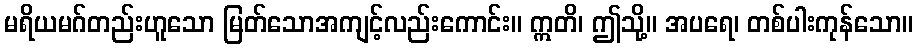
မရိယမဂ်တည်းဟူသော မြတ်သောအကျင့်လည်းကောင်း။ ဣတိ၊ ဤသို့။ အပရေ၊ တစ်ပါးကုန်သော။